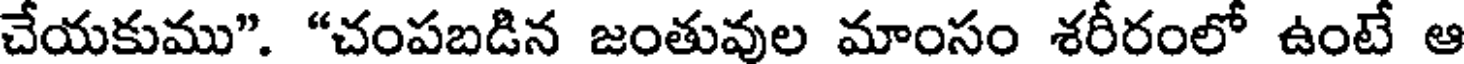
చేయకుము". "చంపబడిన జంతువుల మాంసం శరీరంలో ఉంటే ఆ